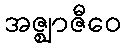
အဇ္ဈာဇီဝေ